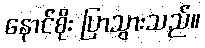
နောင်စိုး ပြာသွားသည်။